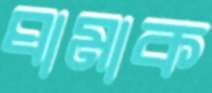
ঘামাক